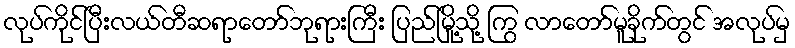
လုပ်ကိုင်ပြီးလယ်တီဆရာတော်ဘုရားကြီး ပြည်မြို့သို့ ကြွ လာတော်မူခိုက်တွင် အလုပ်မှ